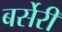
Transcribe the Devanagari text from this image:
बर्सेरी